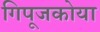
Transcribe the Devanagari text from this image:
गिपूजकोया